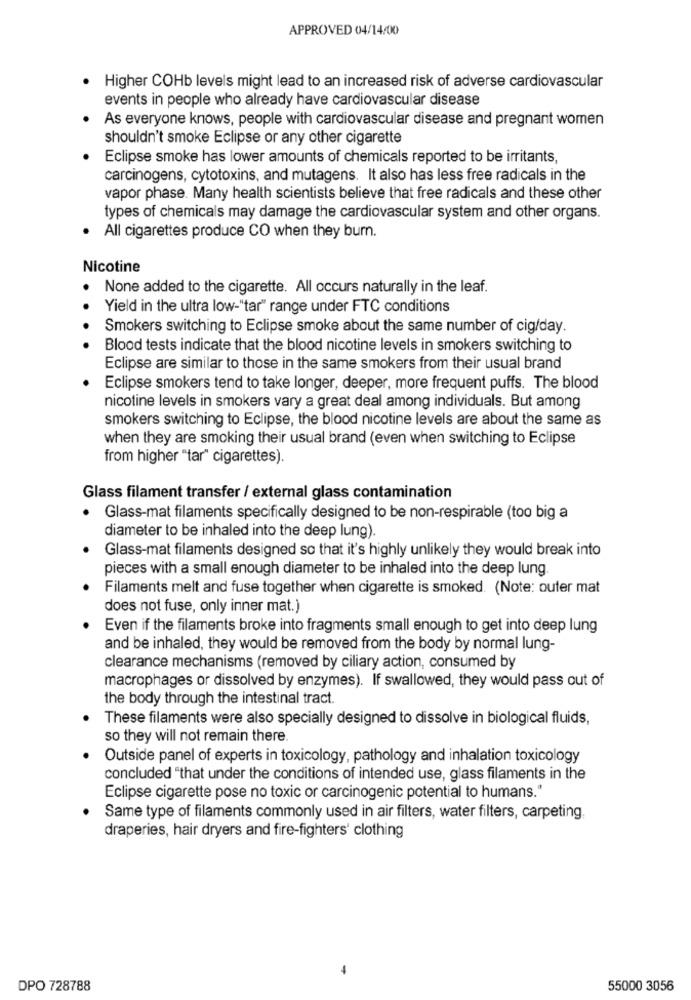
APPROVED 04/14/00
· Higher COHb levels might lead to an increased risk of adverse cardiovascular
events in people who already have cardiovascular disease
As everyone knows, people with cardiovascular disease and pregnant women
shouldn't smoke Eclipse or any other cigarette
Eclipse smoke has lower amounts of chemicals reported to be irritants,
carcinogens, cytotoxins, and mutagens. It also has less free radicals in the
vapor phase. Many health scientists believe that free radicals and these other
types of chemicals may damage the cardiovascular system and other organs.
. All cigarettes produce CO when they burn.
Nicotine
None added to the cigarette. All occurs naturally in the leaf.
Yield in the ultra low-"tar" range under FTC conditions
Smokers switching to Eclipse smoke about the same number of cig/day.
Blood tests indicate that the blood nicotine levels in smokers switching to
Eclipse are similar to those in the same smokers from their usual brand
Eclipse smokers tend to take longer, deeper, more frequent puffs. The blood
nicotine levels in smokers vary a great deal among individuals. But among
smokers switching to Eclipse, the blood nicotine levels are about the same as
when they are smoking their usual brand (even when switching to Eclipse
from higher "tar" cigarettes).
Glass filament transfer / external glass contamination
Glass-mat filaments specifically designed to be non-respirable (too big a
diameter to be inhaled into the deep lung).
Glass-mat filaments designed so that it's highly unlikely they would break into
pieces with a small enough diameter to be inhaled into the deep lung
Filaments melt and fuse together when cigarette is smoked. (Note: outer mat
does not fuse, only inner mat.)
Even if the filaments broke into fragments small enough to get into deep lung
and be inhaled, they would be removed from the body by normal lung-
clearance mechanisms (removed by ciliary action, consumed by
macrophages or dissolved by enzymes). If swallowed, they would pass out of
the body through the intestinal tract.
These filaments were also specially designed to dissolve in biological fluids,
so they will not remain there.
Outside panel of experts in toxicology, pathology and inhalation toxicology
concluded "that under the conditions of intended use, glass filaments in the
Eclipse cigarette pose no toxic or carcinogenic potential to humans."
Same type of filaments commonly used in air filters, water filters, carpeting.
draperies, hair dryers and fire-fighters' clothing
DPO 728788
55000 3056